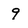
Character: 9